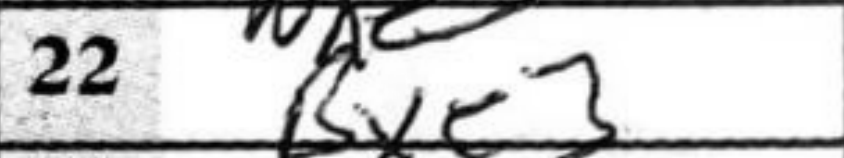
Transcription: Bxe3